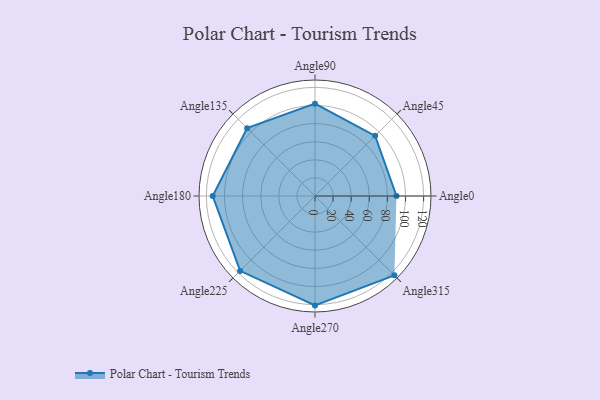
{"axis": {"x": "Angle", "y": "Radius"}, "legend": [""], "data": [{"x": "Angle0", "y": 90.0, "type": ""}, {"x": "Angle45", "y": 94.0, "type": ""}, {"x": "Angle90", "y": 102.0, "type": ""}, {"x": "Angle135", "y": 106.0, "type": ""}, {"x": "Angle180", "y": 113.0, "type": ""}, {"x": "Angle225", "y": 117.0, "type": ""}, {"x": "Angle270", "y": 121.0, "type": ""}, {"x": "Angle315", "y": 124.0, "type": ""}]}